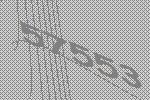
57553